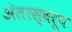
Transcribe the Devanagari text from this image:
अंतरस्वरूप